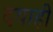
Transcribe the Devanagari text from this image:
दयाही